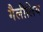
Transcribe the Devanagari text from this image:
गैलीलिय